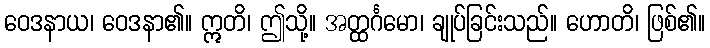
ဝေဒနာယ၊ ဝေဒနာ၏။ ဣတိ၊ ဤသို့။ အတ္ထင်္ဂမော၊ ချုပ်ခြင်းသည်။ ဟောတိ၊ ဖြစ်၏။